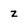
Character: z